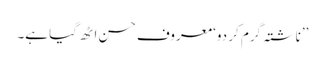
’’ناشتہ گرم کر دو‘ معروف حسن اٹھ گیا ہے۔